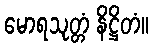
မောရသုတ္တံ နိဋ္ဌိတံ။